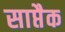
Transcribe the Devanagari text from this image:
साप्तैक